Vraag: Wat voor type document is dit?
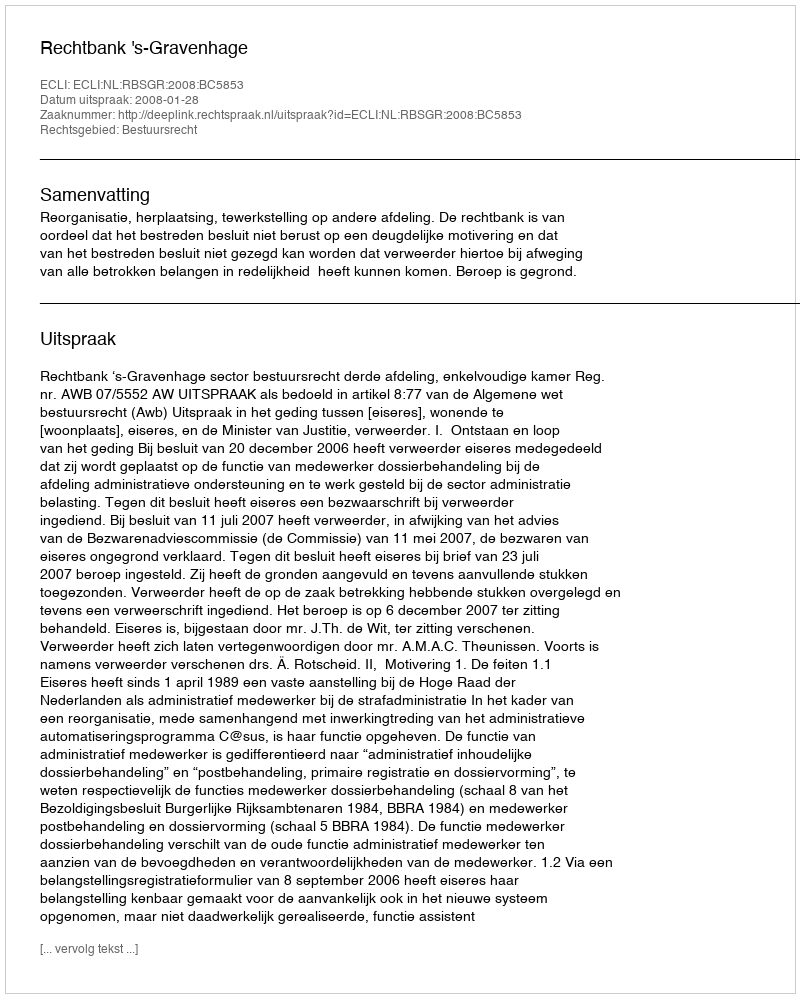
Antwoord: Uitspraak